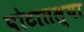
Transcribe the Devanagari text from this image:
पोटातल्या